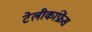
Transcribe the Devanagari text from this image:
टेलीकांफ्रेंस